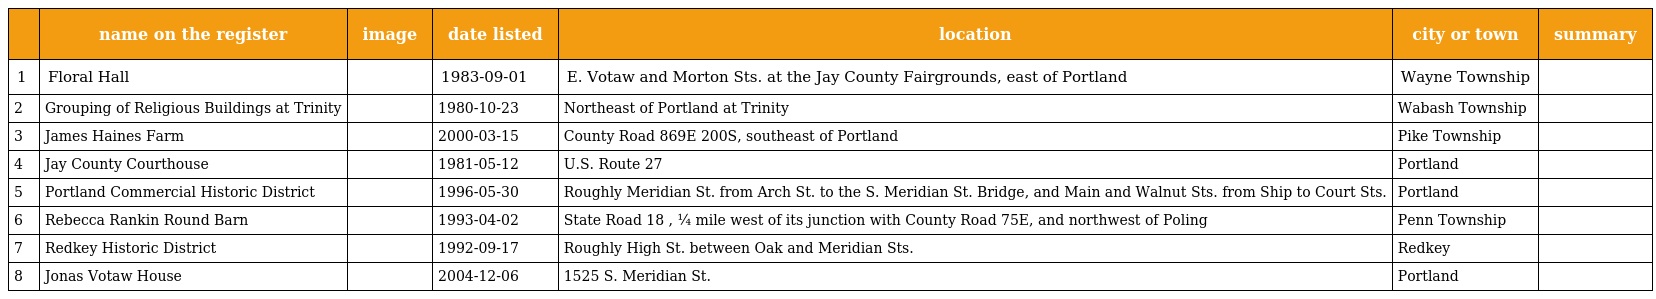
|  | name on the register | image | date listed | location | city or town | summary |
 | --- | --- | --- | --- | --- | --- | --- |
 | 1 | Floral Hall |  | 1983-09-01 | E. Votaw and Morton Sts. at the Jay County Fairgrounds, east of Portland | Wayne Township |  |
 | 2 | Grouping of Religious Buildings at Trinity |  | 1980-10-23 | Northeast of Portland at Trinity | Wabash Township |  |
 | 3 | James Haines Farm |  | 2000-03-15 | County Road 869E 200S, southeast of Portland | Pike Township |  |
 | 4 | Jay County Courthouse |  | 1981-05-12 | U.S. Route 27 | Portland |  |
 | 5 | Portland Commercial Historic District |  | 1996-05-30 | Roughly Meridian St. from Arch St. to the S. Meridian St. Bridge, and Main and Walnut Sts. from Ship to Court Sts. | Portland |  |
 | 6 | Rebecca Rankin Round Barn |  | 1993-04-02 | State Road 18 , ¼ mile west of its junction with County Road 75E, and northwest of Poling | Penn Township |  |
 | 7 | Redkey Historic District |  | 1992-09-17 | Roughly High St. between Oak and Meridian Sts. | Redkey |  |
 | 8 | Jonas Votaw House |  | 2004-12-06 | 1525 S. Meridian St. | Portland |  |